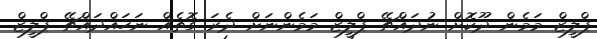
ޕްލީޒް މަމެން ދޫކޮށް ނުދައްޗޭ ޕްލީޒް މަމެންނަށް ދެރަ ގޮތެއް ނަހައްދައްޗޭ ޕްލީޒް